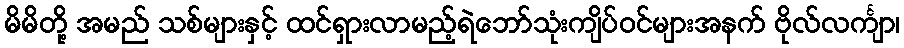
မိမိတို့ အမည် သစ်များနှင့် ထင်ရှားလာမည့်ရဲဘော်သုံးကျိပ်ဝင်များအနက် ဗိုလ်လင်္ကျာ၊